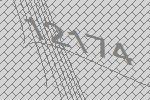
12174